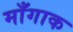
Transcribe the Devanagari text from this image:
माँगाक